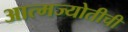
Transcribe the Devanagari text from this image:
आत्मज्योतीची